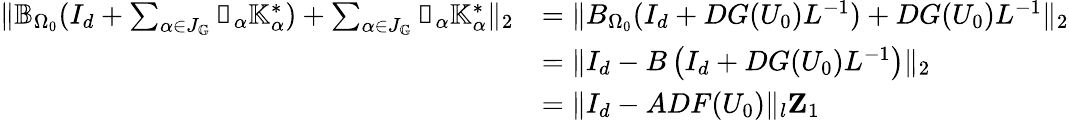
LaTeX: \begin{array}{rl}{\| \mathbb{B}_{\Omega_{0}}(I_{d}+\sum_{\alpha\in J_{\mathbb{G}}}\mathbb{v}_{\alpha}\mathbb{K}_{\alpha}^{*})+\sum_{\alpha\in J_{\mathbb{G}}}\mathbb{v}_{\alpha}\mathbb{K}_{\alpha}^{*}\| _{2}}&{=\| {B}_{\Omega_{0}}(I_{d}+DG(U_{0})L^{-1})+DG(U_{0})L^{-1}\| _{2}}\\ &{=\| I_{d}-{B}\left(I_{d}+DG(U_{0})L^{-1}\right)\| _{2}}\\ &{=\| I_{d}-ADF(U_{0})\| _{l}\le Z_{1}}\end{array}